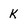
Character: k